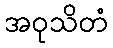
အဝုသိတံ